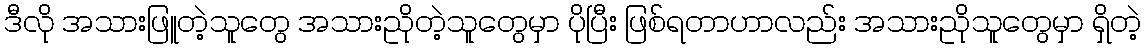
ဒီလို အသားဖြူတဲ့သူတွေ အသားညိုတဲ့သူတွေမှာ ပိုပြီး ဖြစ်ရတာဟာလည်း အသားညိုသူတွေမှာ ရှိတဲ့